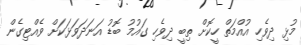
މުޅި ދިވެހި އުއްމަތް ހީކޮށް ތިބީ ދިވެހި ގައުމު ބޮޑު އަނަދަވަޅަކަށް ވެއްޓިގެން